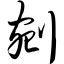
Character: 剜